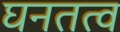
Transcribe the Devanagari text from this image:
घनतत्व